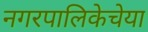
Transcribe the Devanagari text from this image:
नगरपालिकेचेया